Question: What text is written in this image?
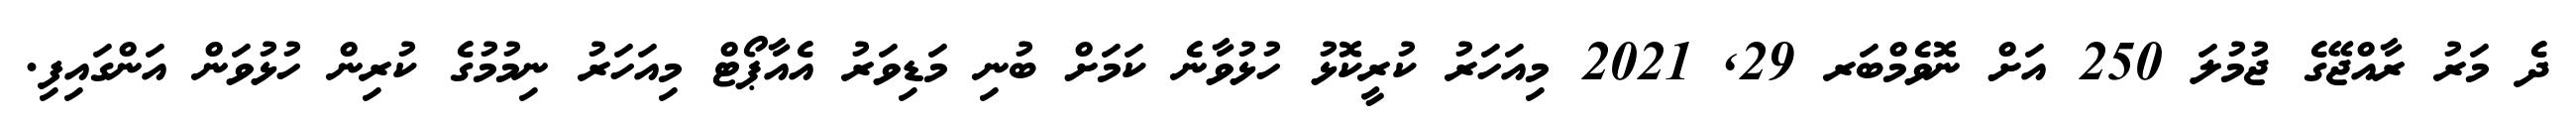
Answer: ދެ މަރު ރާއްޖޭގެ ޖުމުލަ 250 އަށް ނޮވެމްބަރ 29, 2021 މިއަހަރު ކުރީކޮޅު ހުޅުވާނެ ކަމަށް ބުނި މަޑިވަރު އެއާޕޯޓް މިއަހަރު ނިމުމުގެ ކުރިން ހުޅުވަން އަންގައިފި.